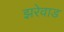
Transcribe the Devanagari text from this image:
झरेवाड